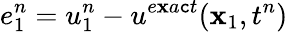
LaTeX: e_{1}^{n}=u_{1}^{n}-u^{e\mathbf{x}a\mathtt{c}t}(\mathbf{x}_{1},t^{n})